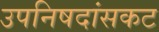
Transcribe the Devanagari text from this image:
उपनिषदांसकट